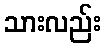
သားလည်း